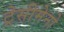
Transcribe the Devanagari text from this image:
ट्रेसीमेनो